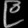
Digit: ၉